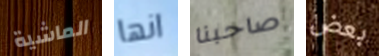
الماشية انها صاحبنا بعض